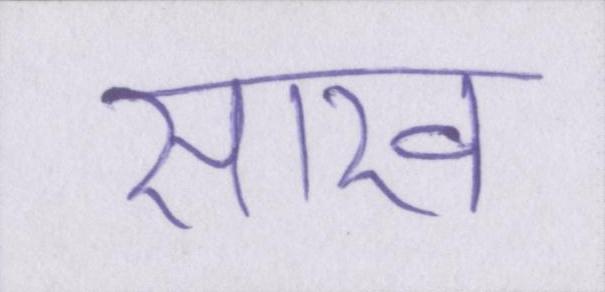
साख